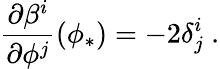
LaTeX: {\frac{\partial\beta^{i}}{\partial\phi^{j}}}(\phi_{*})=-2\delta_{j}^{i}\ .